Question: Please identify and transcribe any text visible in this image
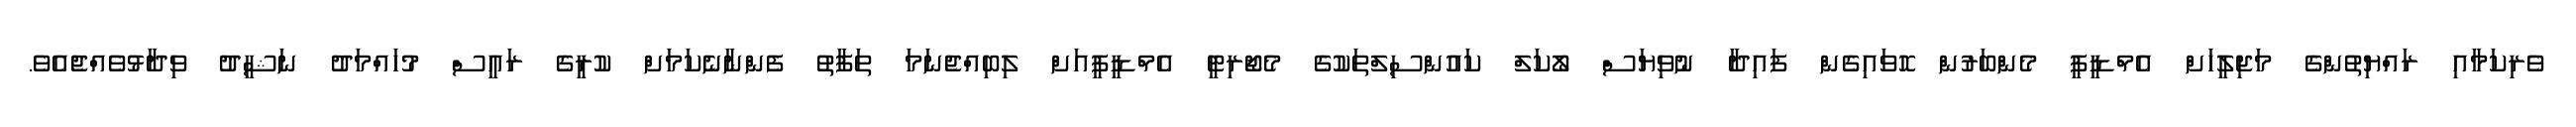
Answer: ވެރިކަމާއި ރައްޔިތުންގެ މަޖިލީހަށް އެމްޑީޕީ މެންބަރުން ހޮވައިގެން ފައިދާ ނުވިޔަސް ލޯކަލް ކައުންސިލްތަކުގެ މެޖޯރިޓީ އެމްޑީޕީއަށް ލިބިއްޖެނަމަ ތަފާތު ފެންނާނެކަމަށް ކުރީގެ ރައީސް މުހައްމަދު ނަޝީދު ވިދާޅުވެއްޖެއެވެ.